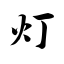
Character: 灯